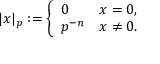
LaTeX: | x | _ { p } : = { \left\{ \begin{array} { l l } { 0 } & { x = 0 , } \\ { p ^ { - n } } & { x \neq 0 . } \end{array} \right. }